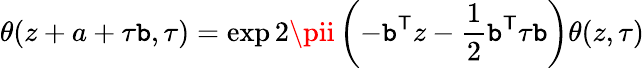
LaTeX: \theta(z+a+\tau\mathtt{b},\tau)=\exp2\pii\left(-\mathtt{b}^{\mathsf{{T}}}z-{\frac{{1}}{{2}}}\mathtt{b}^{\mathsf{{T}}}\tau\mathtt{b}\right)\theta(z,\tau)